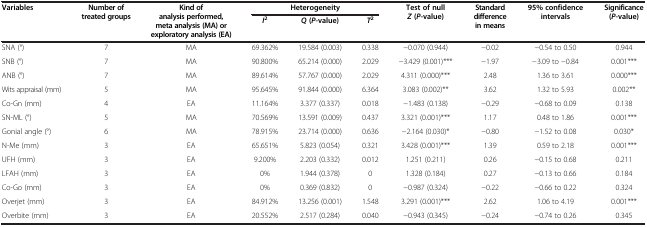
<table><thead><tr><td rowspan="2"><b>Variables</b></td><td rowspan="2"><b>Number of treated groups</b></td><td rowspan="2"><b>Kind of analysis performed, meta analysis (MA) or exploratory analysis (EA)</b></td><td colspan="3"><b>Heterogeneity</b></td><td rowspan="2"><b>Test of null<i>Z</i>(<i>P</i>-value)</b></td><td rowspan="2"><b>Standard difference in means</b></td><td rowspan="2"><b>95% confidence intervals</b></td><td rowspan="2"><b>Significance (<i>P</i>-value)</b></td></tr><tr><td><b><i>I</i><sup>2</sup></b></td><td><b><i>Q</i>(<i>P</i>-value)</b></td><td><b><i>T</i><sup>2</sup></b></td></tr></thead><tbody><tr><td>SNA (°)</td><td>7</td><td>MA</td><td>69.362%</td><td>19.584 (0.003)</td><td>0.338</td><td>−0.070 (0.944)</td><td>−0.02</td><td>−0.54 to 0.50</td><td>0.944</td></tr><tr><td>SNB (°)</td><td>7</td><td>MA</td><td>90.800%</td><td>65.214 (0.000)</td><td>2.029</td><td>−3.429 (0.001)***</td><td>−1.97</td><td>−3.09 to −0.84</td><td>0.001***</td></tr><tr><td>ANB (°)</td><td>7</td><td>MA</td><td>89.614%</td><td>57.767 (0.000)</td><td>2.029</td><td>4.311 (0.000)***</td><td>2.48</td><td>1.36 to 3.61</td><td>0.000***</td></tr><tr><td>Wits appraisal (mm)</td><td>5</td><td>MA</td><td>95.645%</td><td>91.844 (0.000)</td><td>6.364</td><td>3.083 (0.002)**</td><td>3.62</td><td>1.32 to 5.93</td><td>0.002**</td></tr><tr><td>Co-Gn (mm)</td><td>4</td><td>EA</td><td>11.164%</td><td>3.377 (0.337)</td><td>0.018</td><td>−1.483 (0.138)</td><td>−0.29</td><td>−0.68 to 0.09</td><td>0.138</td></tr><tr><td>SN-ML (°)</td><td>5</td><td>MA</td><td>70.569%</td><td>13.591 (0.009)</td><td>0.437</td><td>3.321 (0.001)***</td><td>1.17</td><td>0.48 to 1.86</td><td>0.001***</td></tr><tr><td>Gonial angle (°)</td><td>6</td><td>MA</td><td>78.915%</td><td>23.714 (0.000)</td><td>0.636</td><td>−2.164 (0.030)*</td><td>−0.80</td><td>−1.52 to 0.08</td><td>0.030*</td></tr><tr><td>N-Me (mm)</td><td>3</td><td>EA</td><td>65.651%</td><td>5.823 (0.054)</td><td>0.321</td><td>3.428 (0.001)***</td><td>1.39</td><td>0.59 to 2.18</td><td>0.001***</td></tr><tr><td>UFH (mm)</td><td>3</td><td>EA</td><td>9.200%</td><td>2.203 (0.332)</td><td>0.012</td><td>1.251 (0.211)</td><td>0.26</td><td>−0.15 to 0.68</td><td>0.211</td></tr><tr><td>LFAH (mm)</td><td>3</td><td>EA</td><td>0%</td><td>1.944 (0.378)</td><td>0</td><td>1.328 (0.184)</td><td>0.27</td><td>−0.13 to 0.66</td><td>0.184</td></tr><tr><td>Co-Go (mm)</td><td>3</td><td>EA</td><td>0%</td><td>0.369 (0.832)</td><td>0</td><td>−0.987 (0.324)</td><td>−0.22</td><td>−0.66 to 0.22</td><td>0.324</td></tr><tr><td>Overjet (mm)</td><td>3</td><td>EA</td><td>84.912%</td><td>13.256 (0.001)</td><td>1.548</td><td>3.291 (0.001)***</td><td>2.62</td><td>1.06 to 4.19</td><td>0.001***</td></tr><tr><td>Overbite (mm)</td><td>3</td><td>EA</td><td>20.552%</td><td>2.517 (0.284)</td><td>0.040</td><td>−0.943 (0.345)</td><td>−0.24</td><td>−0.74 to 0.26</td><td>0.345</td></tr></tbody></table>